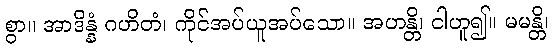
စွာ။ အာဒိန္နံ ဂဟိတံ၊ ကိုင်အပ်ယူအပ်သော။ အဟန္တိ၊ ငါဟူ၍။ မမန္တိ၊